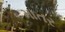
માતર